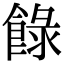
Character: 𩛼